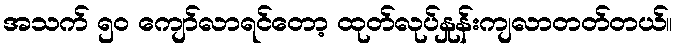
အသက် ၅၀ ကျော်လာရင်တော့ ထုတ်လုပ်နှုန်းကျလာတတ်တယ်။